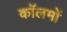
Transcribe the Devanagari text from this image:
काॅलमों